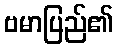
ဗမာပြည်၏